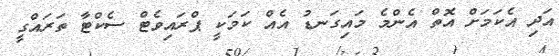
އަދި އެކަމަށް އޮތް އެންމެ މައިގަނޑު އެއް ކަމަކީ ޕްރައިވެޓް ސެކްޓާ ތަރައްގީ